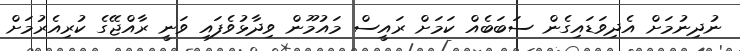
ނުދިނުމަށް އެދިވަޑައިގެން ސަބަބެއް ކަމަށް ރައީސް މައުމޫން ވިދާޅުވެފައި ވަނީ ރާއްޖޭގެ ކުރިއެރުމަށް